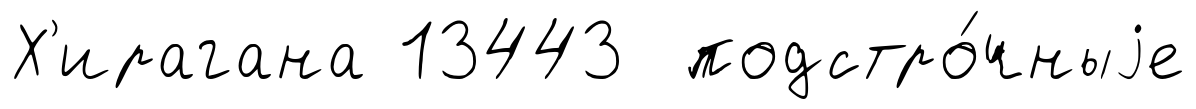
Х'ирагана 13443 подстро́чныjе